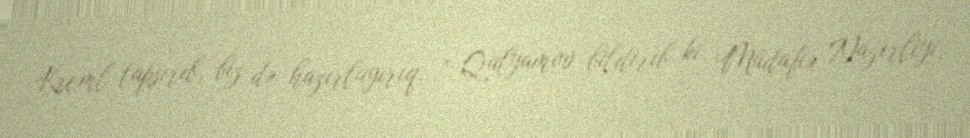
Kreml tapşırıb, biz də hazırlayırıq...” Qalyamov bildirib ki, Müdafiə Nazirliyi